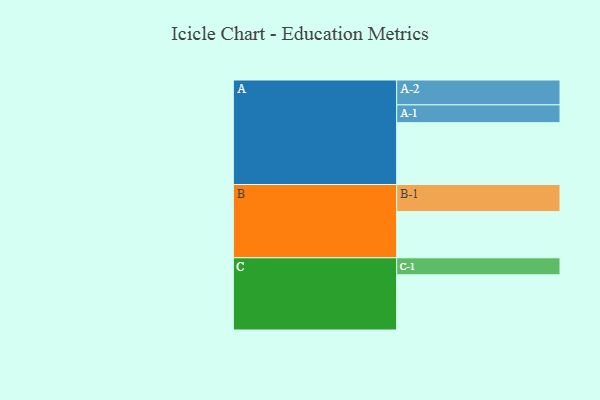
{"axis": {"x": "Segment", "y": "Value"}, "legend": ["", "A", "B", "C"], "data": [{"x": "A", "y": 584, "type": ""}, {"x": "B", "y": 436, "type": ""}, {"x": "C", "y": 521, "type": ""}, {"x": "A-1", "y": 168, "type": "A"}, {"x": "A-2", "y": 235, "type": "A"}, {"x": "B-1", "y": 256, "type": "B"}, {"x": "C-1", "y": 161, "type": "C"}]}